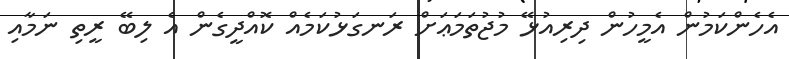
އެހެންކަމުން އެމީހުން ދިރިއުޅޭ މުޖުތަމަޢަށް ރަނގަޅުކަމެއް ކޮއްދީގެން އެ ލިބޭ ރީތި ނަމާއި